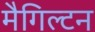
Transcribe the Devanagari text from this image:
मैगिल्टन